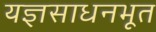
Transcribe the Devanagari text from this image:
यज्ञसाधनभूत